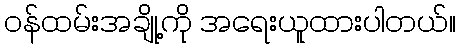
ဝန်ထမ်းအချို့ကို အရေးယူထားပါတယ်။